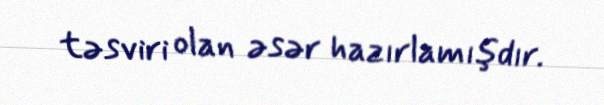
təsviri olan əsər hazırlamışdır.